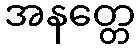
အနတ္တေ